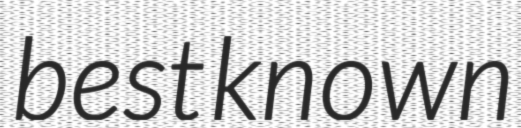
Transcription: best known